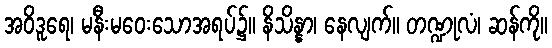
အဝိဒူရေ၊ မနီးမဝေးသောအရပ်၌။ နိသိန္နာ၊ နေလျက်။ တဏ္ဍုလံ၊ ဆန်ကို။